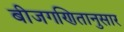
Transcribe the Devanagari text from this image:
बीजगणितानुसार